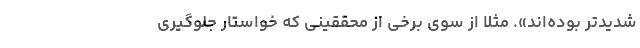
شدیدتر بوده‌اند». مثلاً از سوی برخی از محققینی که خواستار جلوگیری